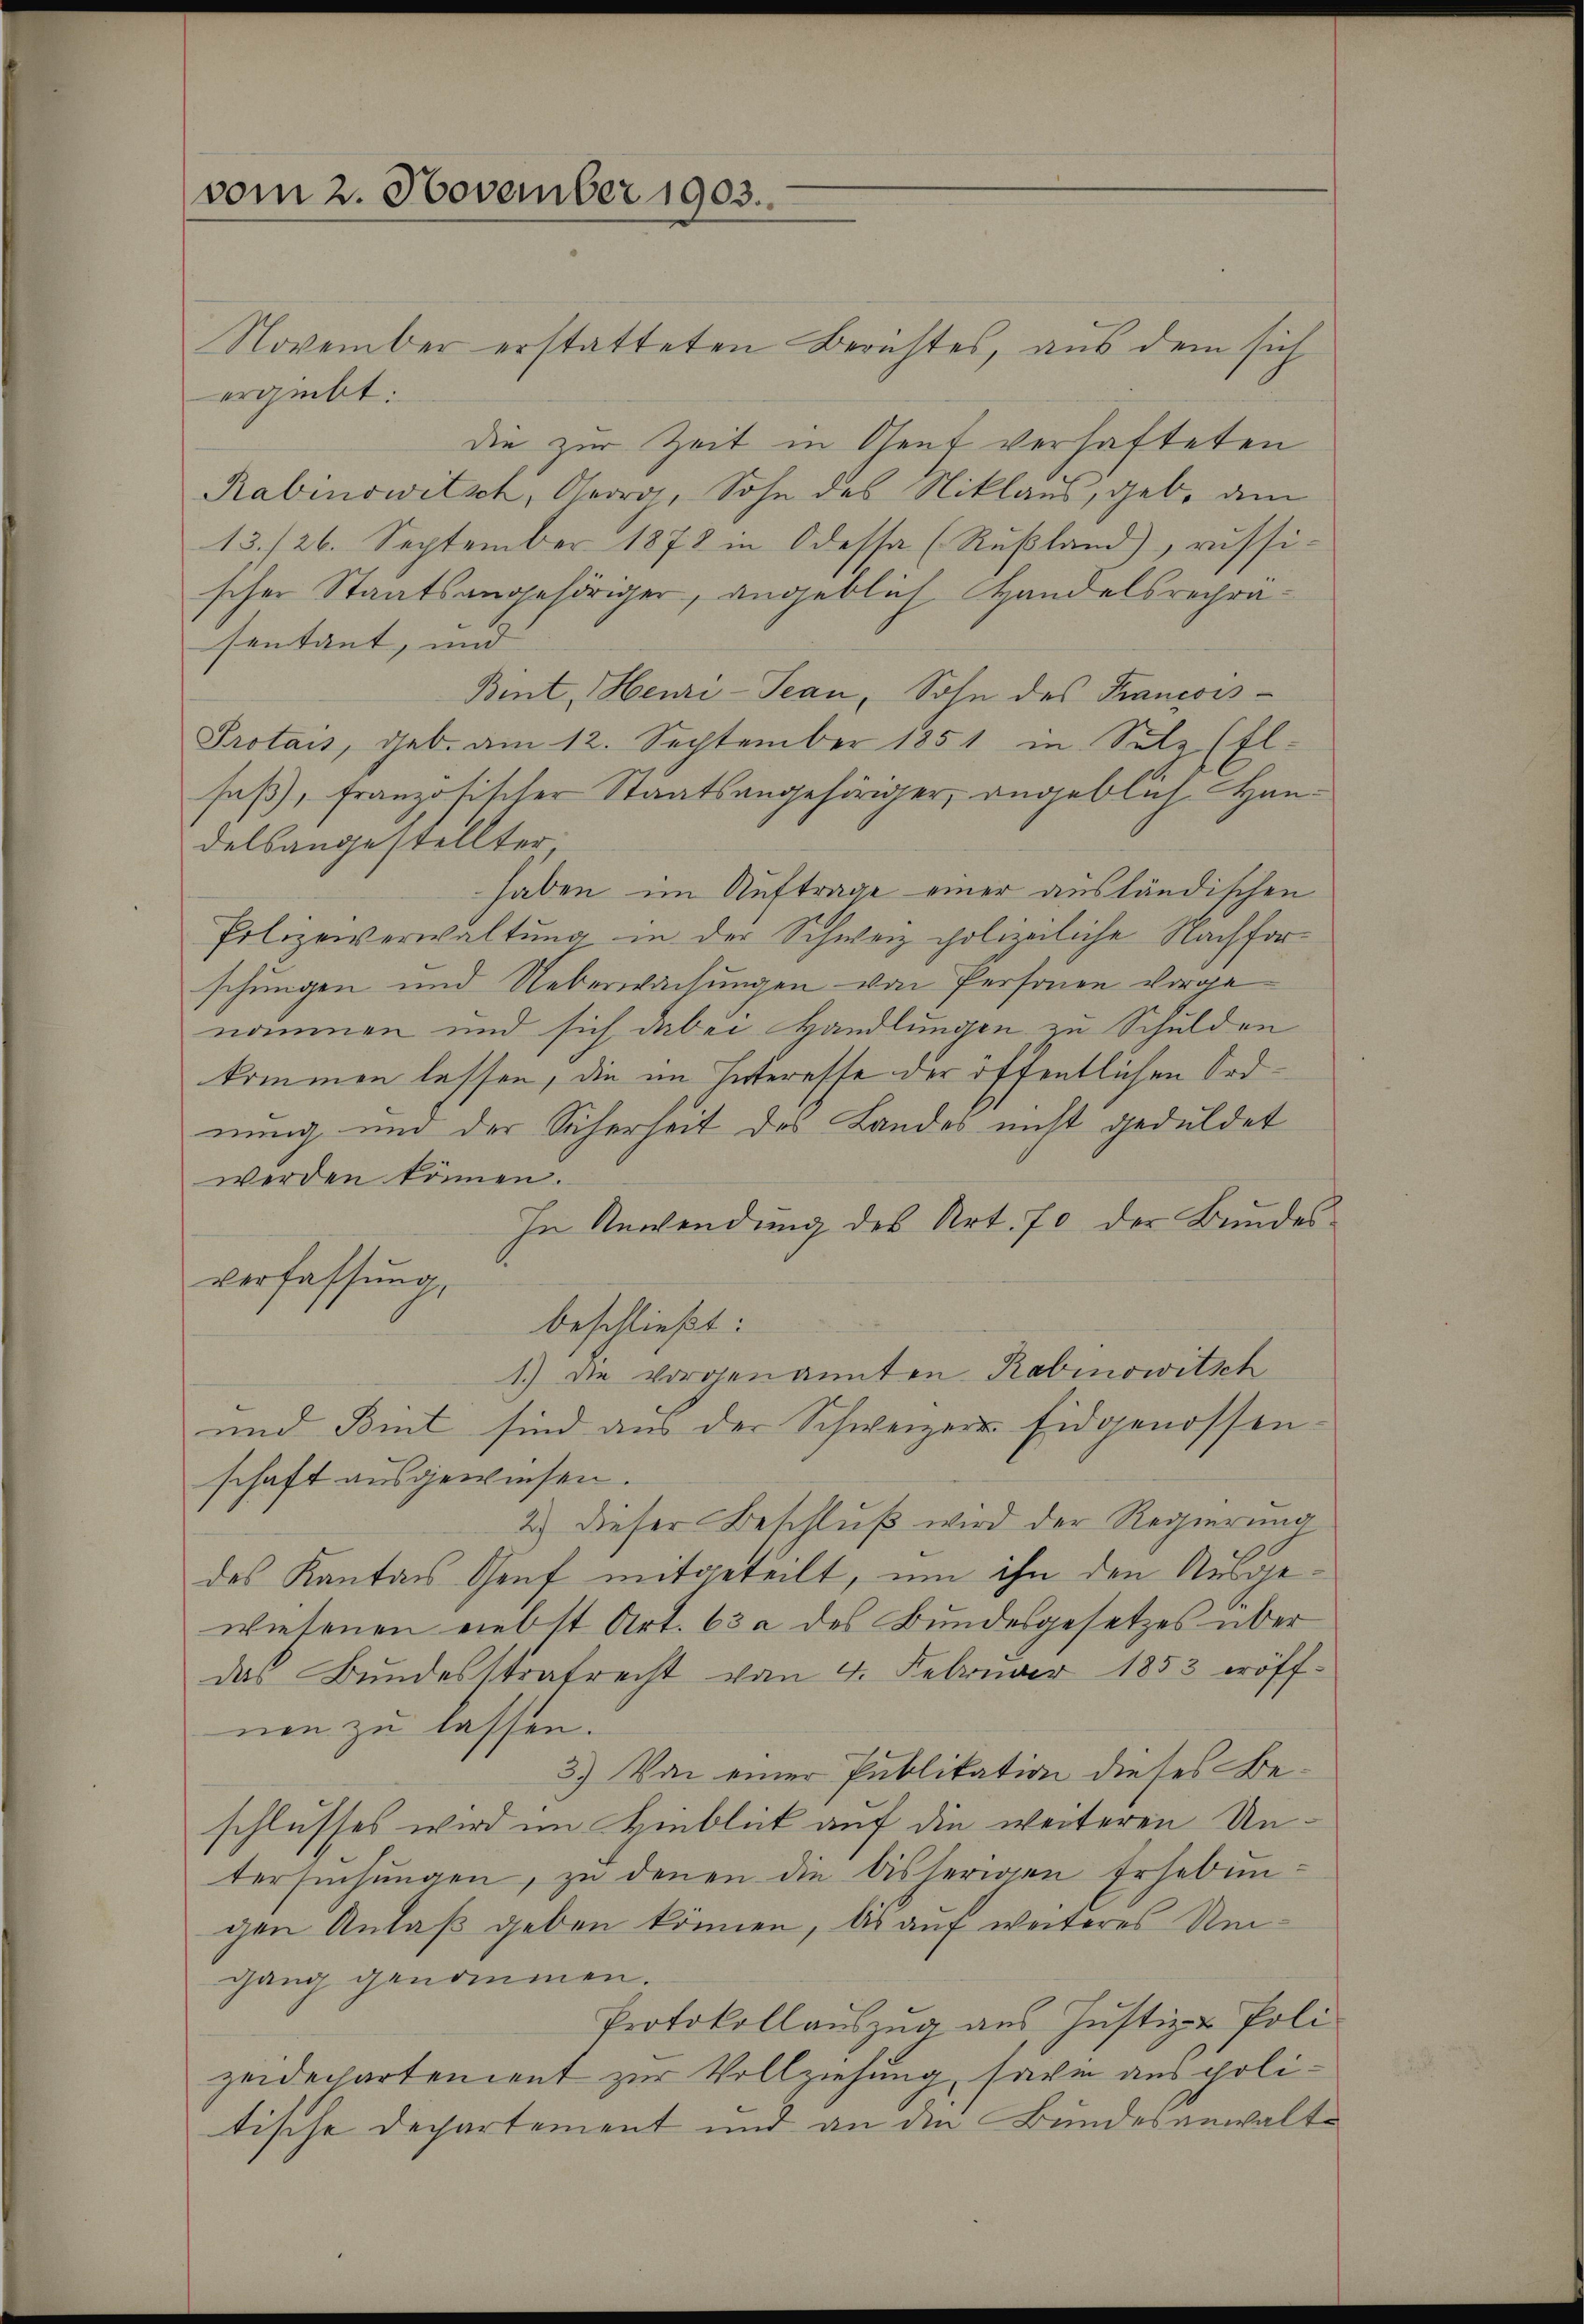
vom 2. November 1903.

November erstatteten Berichtes, aus dem sich
ergiebt:
die zur Zeit in Genf verhafteten
Rabinowitsch, Georg, Sohn des Niklaus, geb. am
13./26. September 1878 in Odessa (Rußland), russi-
scher Staatsangehöriger, angeblich Handelsrechräsentant, und
Bint, Heuri-Tean, Sohn des Francois¬
Protais, geb. am 12. September 1851 in Salz (El-
saß, französischer Staatsangehöriger, angeblich Handelsangestellter
haben im Auftrage einer ausländischen
Polizeiverwaltung in der Schweiz polizeiliche Nachforschungen und Ueberwachungen von Personen vorgenommen und sich dabei Handlungen zu Schulden
kommen lassen, die im Interesse der öffentlichen Ordnung und der Sicherheit des Landes nicht geduldet
werden können.
In Anwendung des Art. 70 der Bundes
verfassung,
beschließt:
1.) Die vorgenannten Robinowitsch
und Bint sind aus der Schweizer Eidgenossenschaft ausgewiesen.
2.) Dieser Beschluß wird der Regierung
des Kantons Genf mitgeteilt, um ihn den Ausgewiesenen nebst Art. 63 a des Bundesgesetzes über
das Bundesstrafrecht von 4. Februar 1853 eröffnen zu lassen.
3.) Von einer Publikation dieses Beschlusses wird im Hinblick auf die weiteren Untersŭchŭngen, zu denen die bisherigen Erhebungen Anlaß geben können, bis auf weiteres Umgang genommen.
Protokollauszug aus Justiz- & Poli
zeidechartement zur Vollziehung, sowie aus politische Departement und an den Bundesanwalt¬